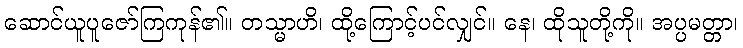
ဆောင်ယူပူဇော်ကြကုန်၏။ တသ္မာဟိ၊ ထို့ကြောင့်ပင်လျှင်။ နေ၊ ထိုသူတို့ကို။ အပ္ပမတ္တာ၊